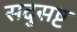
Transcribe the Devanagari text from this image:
सदुसष्ट